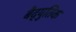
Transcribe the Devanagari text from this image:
बैद्युतिक